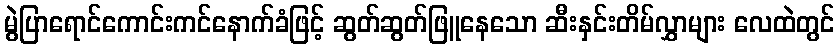
မွဲပြာရောင်ကောင်းကင်နောက်ခံဖြင့် ဆွတ်ဆွတ်ဖြူနေသော ဆီးနှင်းတိမ်လွှာများ လေထဲတွင်